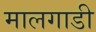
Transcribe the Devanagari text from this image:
मालगाडी